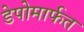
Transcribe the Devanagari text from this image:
डेपोमार्फत